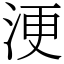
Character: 浭